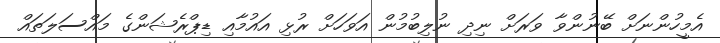
އެމީހުންނަށް ބޭނުންވާ ވަރަށް ނިދި ނުލިބުމުން އަވަހަށް ރުޅި އައުމާއި ޑިޕްރެޝަންގެ މައްސަލަތައް